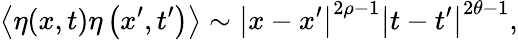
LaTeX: \left\langle\eta(x,t)\eta\left(x^{\prime},t^{\prime}\right)\right\rangle\sim\left|x-x^{\prime}\right|^{2\rho-1}\left|t-t^{\prime}\right|^{2\theta-1},